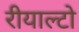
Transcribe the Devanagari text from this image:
रीयाल्टो